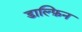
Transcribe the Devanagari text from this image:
डाल्फ़िन